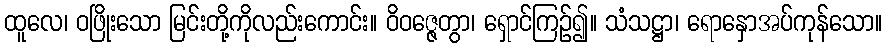
ထူလေ၊ ဝဖြိုးသော မြင်းတို့ကိုလည်းကောင်း။ ဝိဝဇ္ဇေတွာ၊ ရှောင်ကြဉ်၍။ သံသဋ္ဌာ၊ ရောနှောအပ်ကုန်သော။